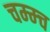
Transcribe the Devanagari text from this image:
चम्म्च